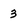
Character: 3